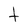
Character: t